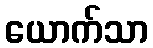
ယောက်သာ